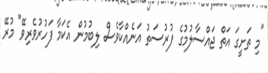
"މި ތަށީގަ އަތް ޖައްސާލުމުގެ ފުރުސަތު އަނެއްކާވެސް ލިބުމުން އެކަމާ ފަހުރުވެރިވޭ" މުރޭ